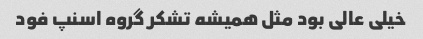
خیلی عالی بود مثل همیشه تشکر گروه اسنپ فود